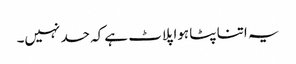
یہ اتنا پٹا ہوا پلاٹ ہے کہ حد نہیں۔